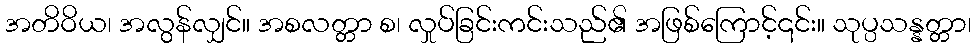
အတိဝိယ၊ အလွန်လျှင်။ အစလတ္တာ စ၊ လှုပ်ခြင်းကင်းသည်၏ အဖြစ်ကြောင့်၎င်း။ သုပ္ပသန္နတ္တာ၊